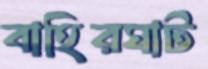
বাহিরঘাট